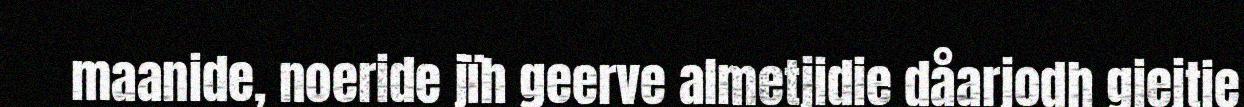
maanide, noeride jïh geerve almetjidie dåarjodh giejtie